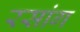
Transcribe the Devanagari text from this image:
रसांग